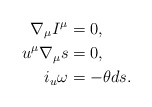
\begin{align*} \nabla_\mu I^\mu&=0,\\ u^\mu\nabla_\mu s&=0,\\ i_u\omega&=-\theta ds.\end{align*}